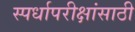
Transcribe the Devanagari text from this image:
स्पर्धापरीक्षांसाठी